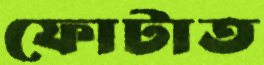
ফোটাত